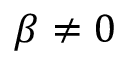
\beta \neq 0